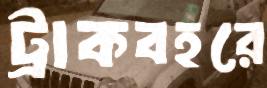
ট্রাকবহরে